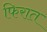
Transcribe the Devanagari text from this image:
फिरात